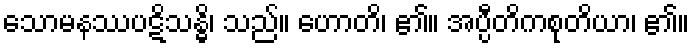
သောမနဿပဋိသန္ဓိ၊ သည်။ ဟောတိ၊ ၏။ အပ္ပီတိကစုတိယာ၊ ၏။